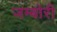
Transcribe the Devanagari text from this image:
जम्बोरी